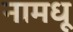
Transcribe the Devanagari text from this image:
नामधू